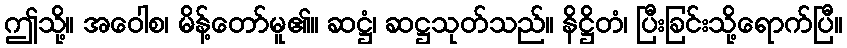
ဤသို့။ အဝေါစ၊ မိန့်တော်မူ၏။ ဆဋ္ဌံ၊ ဆဋ္ဌသုတ်သည်။ နိဋ္ဌိတံ၊ ပြီးခြင်းသို့ရောက်ပြီ။